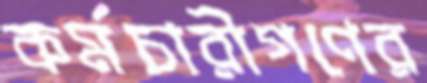
কর্মচারীগণের